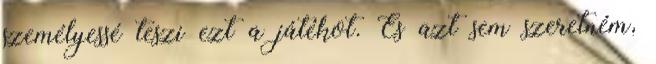
személyessé teszi ezt a játékot. És azt sem szeretném,